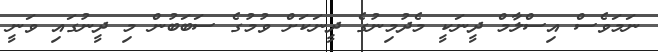
ނަމަވެސް އިސްލާމް ދީނަކީ މެދުމިނުގެ ދީނަކަށް ވުމުގެ ސަބަބުން މި ދީނުގައި ވަނީ